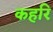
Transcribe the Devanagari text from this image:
कहरि